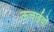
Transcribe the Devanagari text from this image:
ऊचाईयों